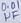
Text: 0.01µF